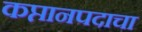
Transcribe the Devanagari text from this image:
कप्तानपदाचा